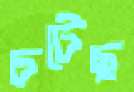
চটেছ